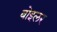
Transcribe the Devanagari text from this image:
बोइलर